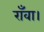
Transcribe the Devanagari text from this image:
राँवा।